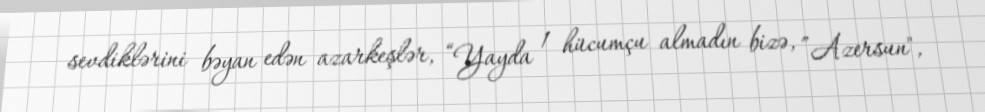
sevdiklərini bəyan edən azarkeşlər, “Yayda 1 hücumçu almadın bizə, ”Azersun",